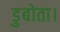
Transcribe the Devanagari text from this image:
डुबोता।